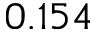
0 . 1 5 4